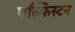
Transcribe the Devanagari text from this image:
एल्फिस्टन